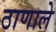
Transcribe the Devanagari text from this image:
ठाणाले